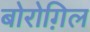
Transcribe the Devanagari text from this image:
बोरोग़िल